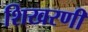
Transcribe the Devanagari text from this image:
शिखरणी